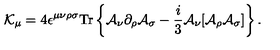
{ \cal K } _ { \mu } = 4 \epsilon ^ { \mu \nu \rho \sigma } \mathrm { T r } \left\{ { \cal A } _ { \nu } \partial _ { \rho } { \cal A } _ { \sigma } - \frac { i } { 3 } { \cal A } _ { \nu } [ { \cal A } _ { \rho } { \cal A } _ { \sigma } ] \right\} .